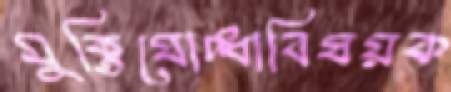
মুক্তিযোদ্ধাবিষয়ক